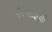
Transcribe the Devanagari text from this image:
गैरसोईची